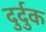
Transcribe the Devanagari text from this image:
दुर्दुक